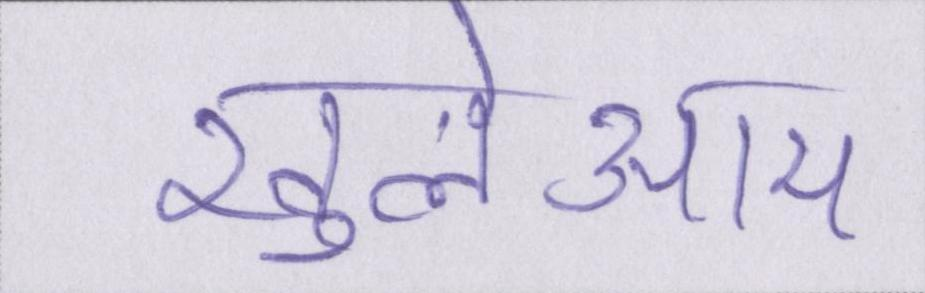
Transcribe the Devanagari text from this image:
खुलेआम